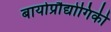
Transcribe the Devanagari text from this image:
बायोप्रौद्योगिकी